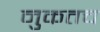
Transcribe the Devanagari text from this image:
नुकतच